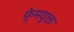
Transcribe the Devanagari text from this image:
फ़्रेमयुक्त